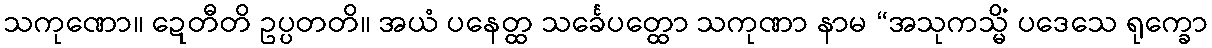
သကုဏော။ ဍေတီတိ ဥပ္ပတတိ။ အယံ ပနေတ္ထ သင်္ခေပတ္ထော သကုဏာ နာမ “အသုကသ္မိံ ပဒေသေ ရုက္ခော